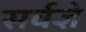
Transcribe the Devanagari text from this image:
सर्वज्ञे